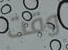
وقت